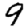
Digit: 9